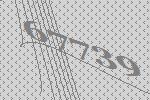
67739